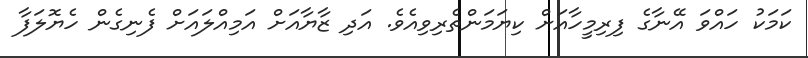
ކަމަކު ހައްވަ އޭނާގެ ފިރިމީހާއަށް ކިޔަމަންތެރިވިއެވެ. އަދި ޒާޔާއަށް އަމިއްލައަށް ފެނިގެން ހެޔޮލަފާ